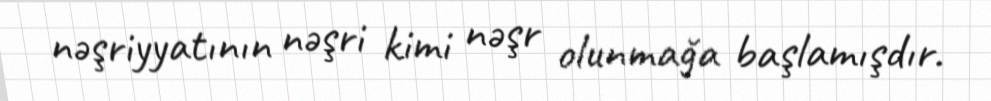
nəşriyyatının nəşri kimi nəşr olunmağa başlamışdır.